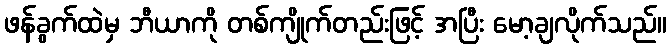
ဖန်ခွက်ထဲမှ ဘီယာကို တစ်ကျိုက်တည်းဖြင့် အပြီး မော့ချလိုက်သည်။